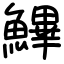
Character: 𩺷